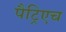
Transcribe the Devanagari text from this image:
पैट्रिएच